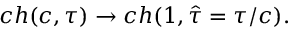
c h ( c , \tau ) \rightarrow c h ( 1 , \hat { \tau } = \tau / c ) .